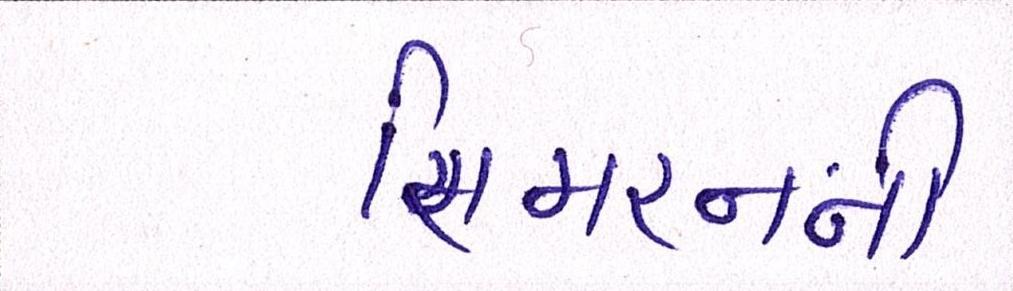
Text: સિમરનની